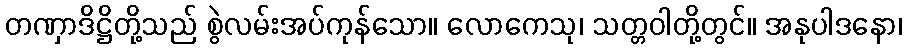
တဏှာဒိဋ္ဌိတို့သည် စွဲလမ်းအပ်ကုန်သော။ လောကေသု၊ သတ္တဝါတို့တွင်။ အနုပါဒနော၊